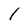
Character: 1